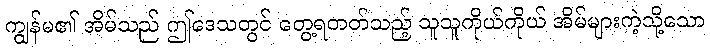
ကျွန်မ၏ အိမ်သည် ဤဒေသတွင် တွေ့ရတတ်သည့် သူသူကိုယ်ကိုယ် အိမ်များကဲ့သို့သော